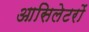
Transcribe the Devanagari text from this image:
आसिलेटरों